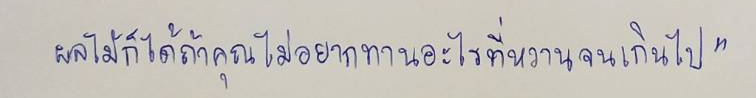
ผลไม้ก็ได้ถ้าคุณไม่อยากทานอะไรที่หวานจนเกินไป"